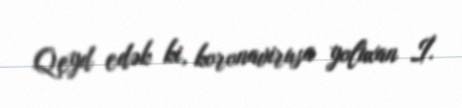
Qeyd edək ki, koronavirusa yoluxan İ.